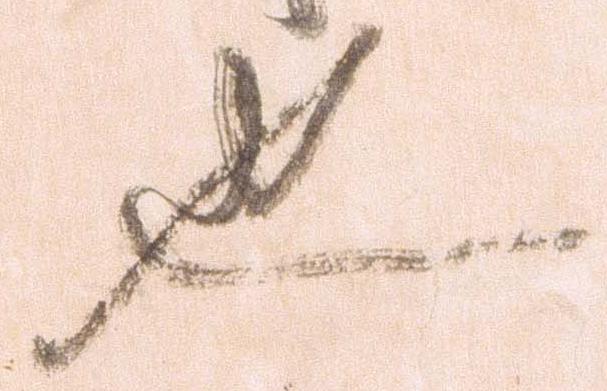
也